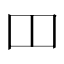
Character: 𫩏